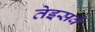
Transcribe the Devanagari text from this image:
तेइसवे